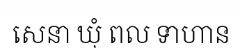
សេនា ឃុំ ពល ទាហាន